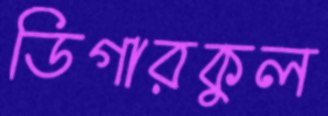
ডিগারকুল